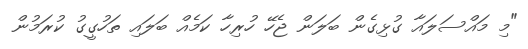
"މި މައްސަލައާ ގުޅިގެން ބަލަން ޖެހޭ ހުރިހާ ކަމެއް ބަލައި ތަހުގީގު ކުރަމުން